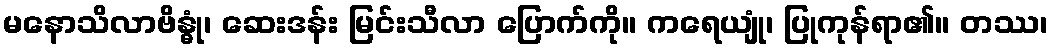
မနောသိလာဗိန္ဓုံ၊ ဆေးဒန်း မြင်းသီလာ ပြောက်ကို။ ကရေယျုံ၊ ပြုကုန်ရာ၏။ တဿ၊